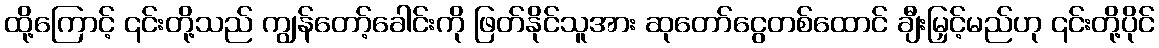
ထို့ကြောင့် ၎င်းတို့သည် ကျွန်တော့်ခေါင်းကို ဖြတ်နိုင်သူအား ဆုတော်ငွေတစ်ထောင် ချီးမြှင့်မည်ဟု ၎င်းတို့ပိုင်